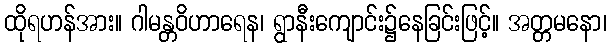
ထိုရဟန်အား။ ဂါမန္တဝိဟာရေန၊ ရွာနီးကျောင်း၌နေခြင်းဖြင့်။ အတ္တမနော၊